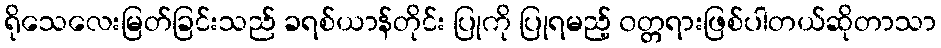
ရိုသေလေးမြတ်ခြင်းသည် ခရစ်ယာန်တိုင်း ပြုကို ပြုရမည့် ၀တ္တရားဖြစ်ပါတယ်ဆိုတာသာ